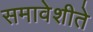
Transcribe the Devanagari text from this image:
समावेशीते